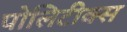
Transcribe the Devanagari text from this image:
पोलिटीक्स